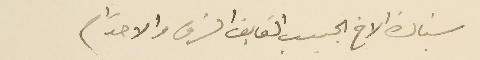
سيادة الاخ الحبيب الفايق الشرف والاحترام